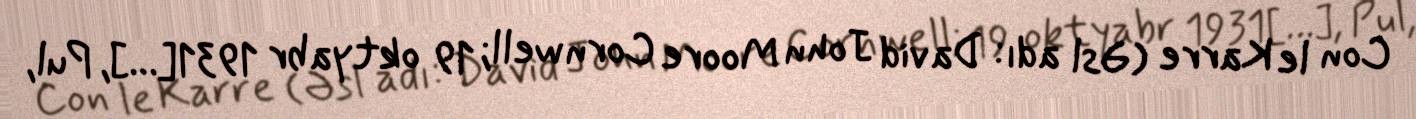
Con le Karre (Əsl adı: David John Moore Cornwell; 19 oktyabr 1931[…], Pul,